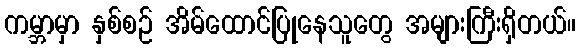
ကမ္ဘာမှာ နှစ်စဉ် အိမ်ထောင်ပြုနေသူတွေ အများကြီးရှိတယ်။